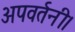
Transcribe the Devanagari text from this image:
अपवर्तनी।